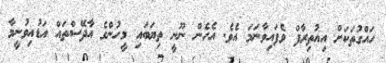
ހައްގުތަކަށް އިއުތިރާފް ވެފައިވާނަމަ އެވެ. އެހެން ނޫނީ ތިޔަބައި މީހުންގެ އާދޭސްތައް އަޑުއިވުނީމާ